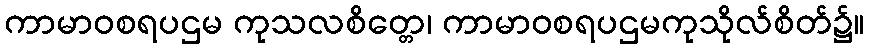
ကာမာဝစရပဌမ ကုသလစိတ္တေ၊ ကာမာဝစရပဌမကုသိုလ်စိတ်၌။